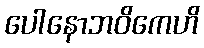
ပေါနောဘဝိကေဟိ